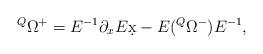
LaTeX: \begin{align*}{}^Q\Omega^+=E^{-1}\partial_x E\d x-E({}^Q\Omega^-)E^{-1},\end{align*}